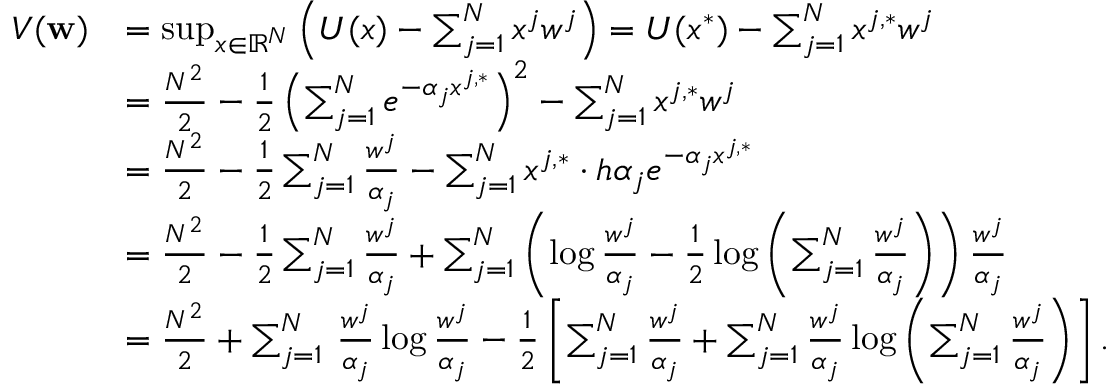
\begin{array} { r l } { V ( \mathbf { w } ) } & { = \operatorname* { s u p } _ { x \in \mathbb { R } ^ { N } } \left( U ( x ) - \sum _ { j = 1 } ^ { N } x ^ { j } w ^ { j } \right) = U ( x ^ { * } ) - \sum _ { j = 1 } ^ { N } x ^ { j , * } w ^ { j } } \\ & { = \frac { N ^ { 2 } } { 2 } - \frac { 1 } { 2 } \left( \sum _ { j = 1 } ^ { N } e ^ { - \alpha _ { j } x ^ { j , * } } \right) ^ { 2 } - \sum _ { j = 1 } ^ { N } x ^ { j , * } w ^ { j } } \\ & { = \frac { N ^ { 2 } } { 2 } - \frac { 1 } { 2 } \sum _ { j = 1 } ^ { N } \frac { w ^ { j } } { \alpha _ { j } } - \sum _ { j = 1 } ^ { N } x ^ { j , * } \cdot h \alpha _ { j } e ^ { - \alpha _ { j } x ^ { j , * } } } \\ & { = \frac { N ^ { 2 } } { 2 } - \frac { 1 } { 2 } \sum _ { j = 1 } ^ { N } \frac { w ^ { j } } { \alpha _ { j } } + \sum _ { j = 1 } ^ { N } \left( \log \frac { w ^ { j } } { \alpha _ { j } } - \frac { 1 } { 2 } \log \left( \sum _ { j = 1 } ^ { N } \frac { w ^ { j } } { \alpha _ { j } } \right) \right) \frac { w ^ { j } } { \alpha _ { j } } } \\ & { = \frac { N ^ { 2 } } { 2 } + \sum _ { j = 1 } ^ { N } \, \frac { w ^ { j } } { \alpha _ { j } } \log \frac { w ^ { j } } { \alpha _ { j } } - \frac { 1 } { 2 } \left[ \sum _ { j = 1 } ^ { N } \frac { w ^ { j } } { \alpha _ { j } } + \sum _ { j = 1 } ^ { N } \frac { w ^ { j } } { \alpha _ { j } } \log \left( \sum _ { j = 1 } ^ { N } \frac { w ^ { j } } { \alpha _ { j } } \right) \right] . } \end{array}